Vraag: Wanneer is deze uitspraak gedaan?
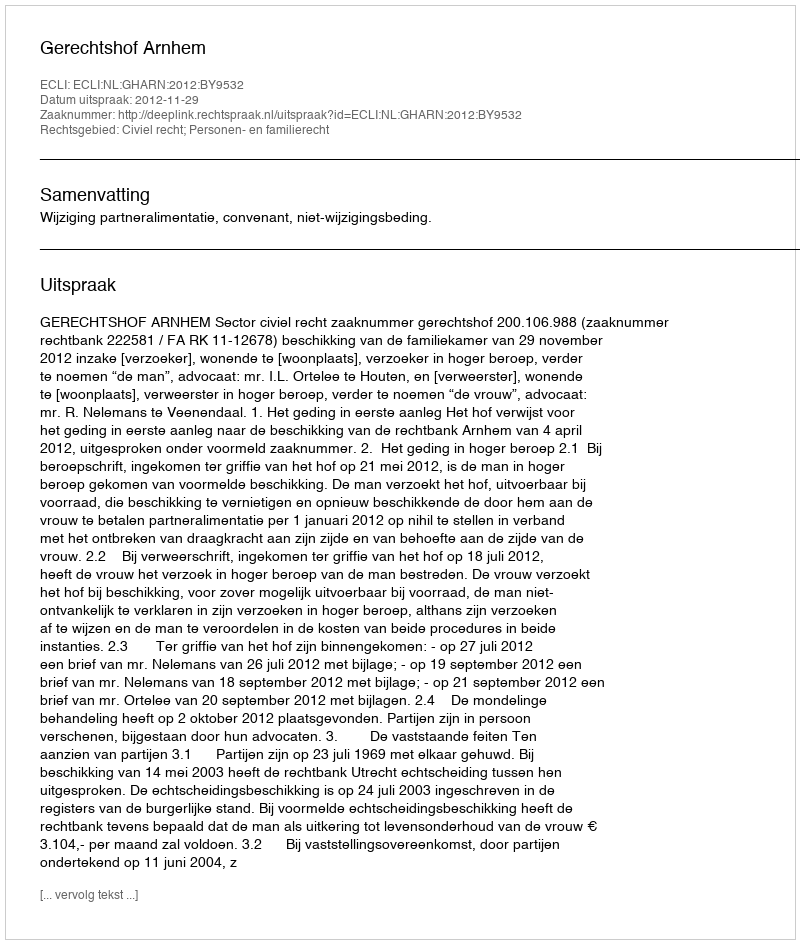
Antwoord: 2012-11-29